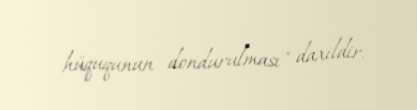
hüququnun dondurulması" daxildir.